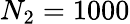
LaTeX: N_{2}=1000